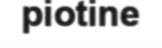
piotine